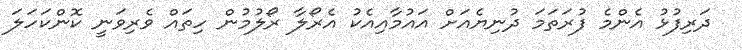
ދަރިފުޅު އެންމެ ފުރަތަމަ ދުނިޔެއަށް އައުމާއިއެކު އެރޯލާ ރޯލުމުން ހިތައް ވެރިވަނީ ކޮންކަހަލަ